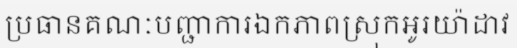
ប្រធានគណៈបញ្ជាការឯកភាពស្រុកអូរយ៉ាដាវ